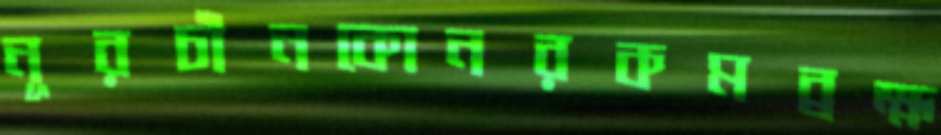
নূরচাঁনকোনরকমব্রহ্ম